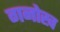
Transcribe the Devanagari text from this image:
गनोख